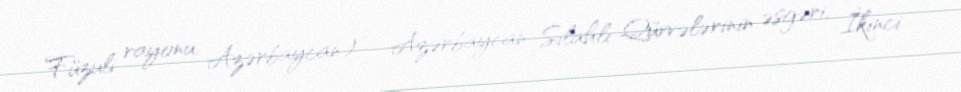
Füzuli rayonu, Azərbaycan) — Azərbaycan Silahlı Qüvvələrinin əsgəri, İkinci